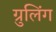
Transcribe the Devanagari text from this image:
ग्रुलिंग